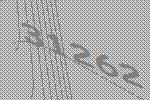
31262